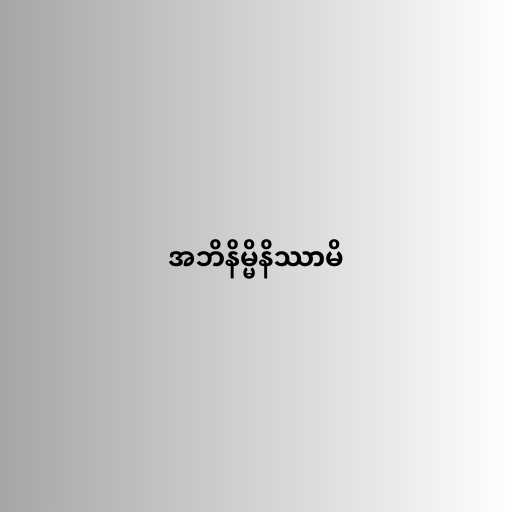
အဘိနိမ္မိနိဿာမိ